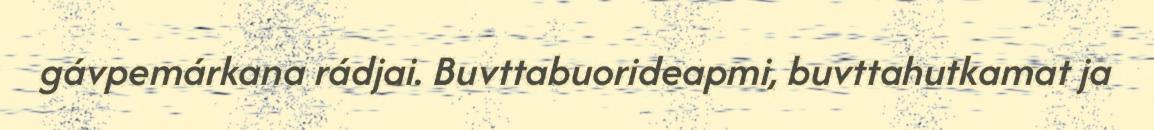
gávpemárkana rádjai. Buvttabuorideapmi, buvttahutkamat ja